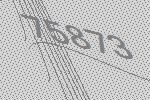
75873